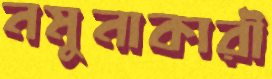
নমুনাকারী